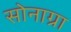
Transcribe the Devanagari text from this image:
सोनाग्रा